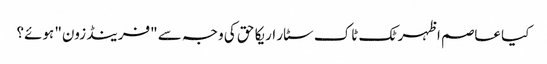
کیا عاصم اظہر ٹک ٹاک سٹار اریکا حق کی وجہ سے "فرینڈ زون" ہوئے؟